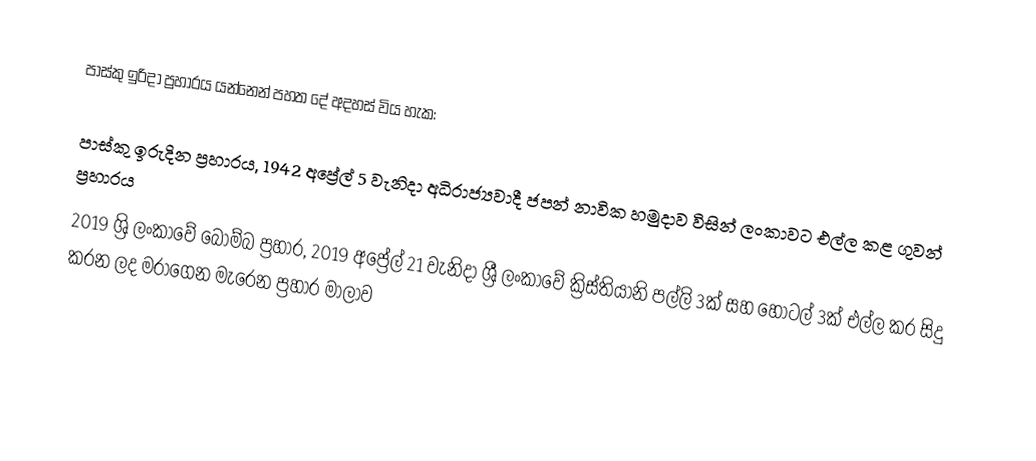
පාස්කු ඉරිදා ප්‍රහාරය යන්නෙන් පහත දේ අදහස් විය හැක:

 පාස්කු ඉරුදින ප්‍රහාරය, 1942 අප්‍රේල් 5 වැනිදා අධිරාජ්‍යවාදී ජපන් නාවික හමුදාව විසින් ලංකාවට එල්ල කළ ගුවන් ප්‍රහාරය
 2019 ශ්‍රි ලංකාවේ බෝම්බ ප්‍රහාර, 2019 අප්‍රේල් 21 වැනිදා ශ්‍රී ලංකාවේ ක්‍රිස්තියානි පල්ලි 3ක් සහ හෝටල් 3ක් එල්ල කර සිදු කරන ලද මරාගෙන මැරෙන ප්‍රහාර මාලාව